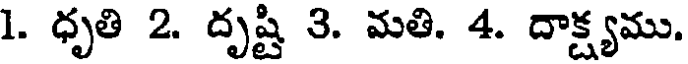
1. ధృతి 2. దృష్టి 3. మతి. 4. దాక్ష్యము.